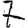
Digit: 7